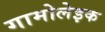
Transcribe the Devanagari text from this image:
गामोलेइक